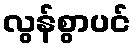
လွန်စွာပင်